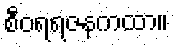
စီဝရရဇနကထာ။